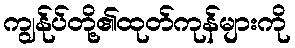
ကျွန်ုပ်တို့၏ထုတ်ကုန်များကို